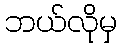
ဘယ်လိုမှ